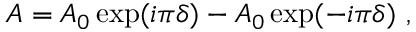
A = A _ { 0 } \exp ( i \pi \delta ) - A _ { 0 } \exp ( - i \pi \delta ) ~ ,